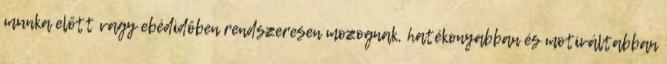
munka előtt vagy ebédidőben rendszeresen mozognak, hatékonyabban és motiváltabban